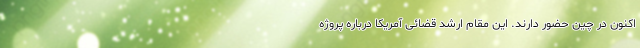
‌اکنون در چین حضور دارند. این مقام ارشد قضائی آمریکا درباره پروژه